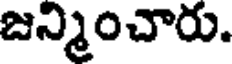
జన్మించారు.